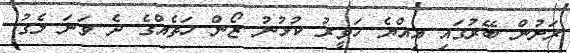
ރަށުން ބޭރުގައި އިއްޔެ ހަވީރު ކުޅުނު ޒޯން ހަތެއްގެ ދެ ވަނަ ލެގު